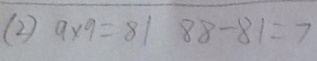
( 2 ) 9 \times 9 = 8 1 8 8 - 8 1 = 7